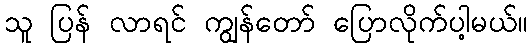
သူ ပြန် လာရင် ကျွန်တော် ပြောလိုက်ပါ့မယ်။